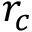
r _ { c }